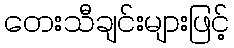
တေးသီချင်းများဖြင့်